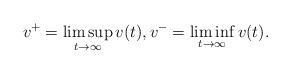
LaTeX: \begin{align*} v^+ = \limsup _{ t\to \infty } v (t), v^- = \liminf _{ t\to \infty } v (t) . \end{align*}